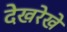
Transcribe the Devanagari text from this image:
देखरेखे